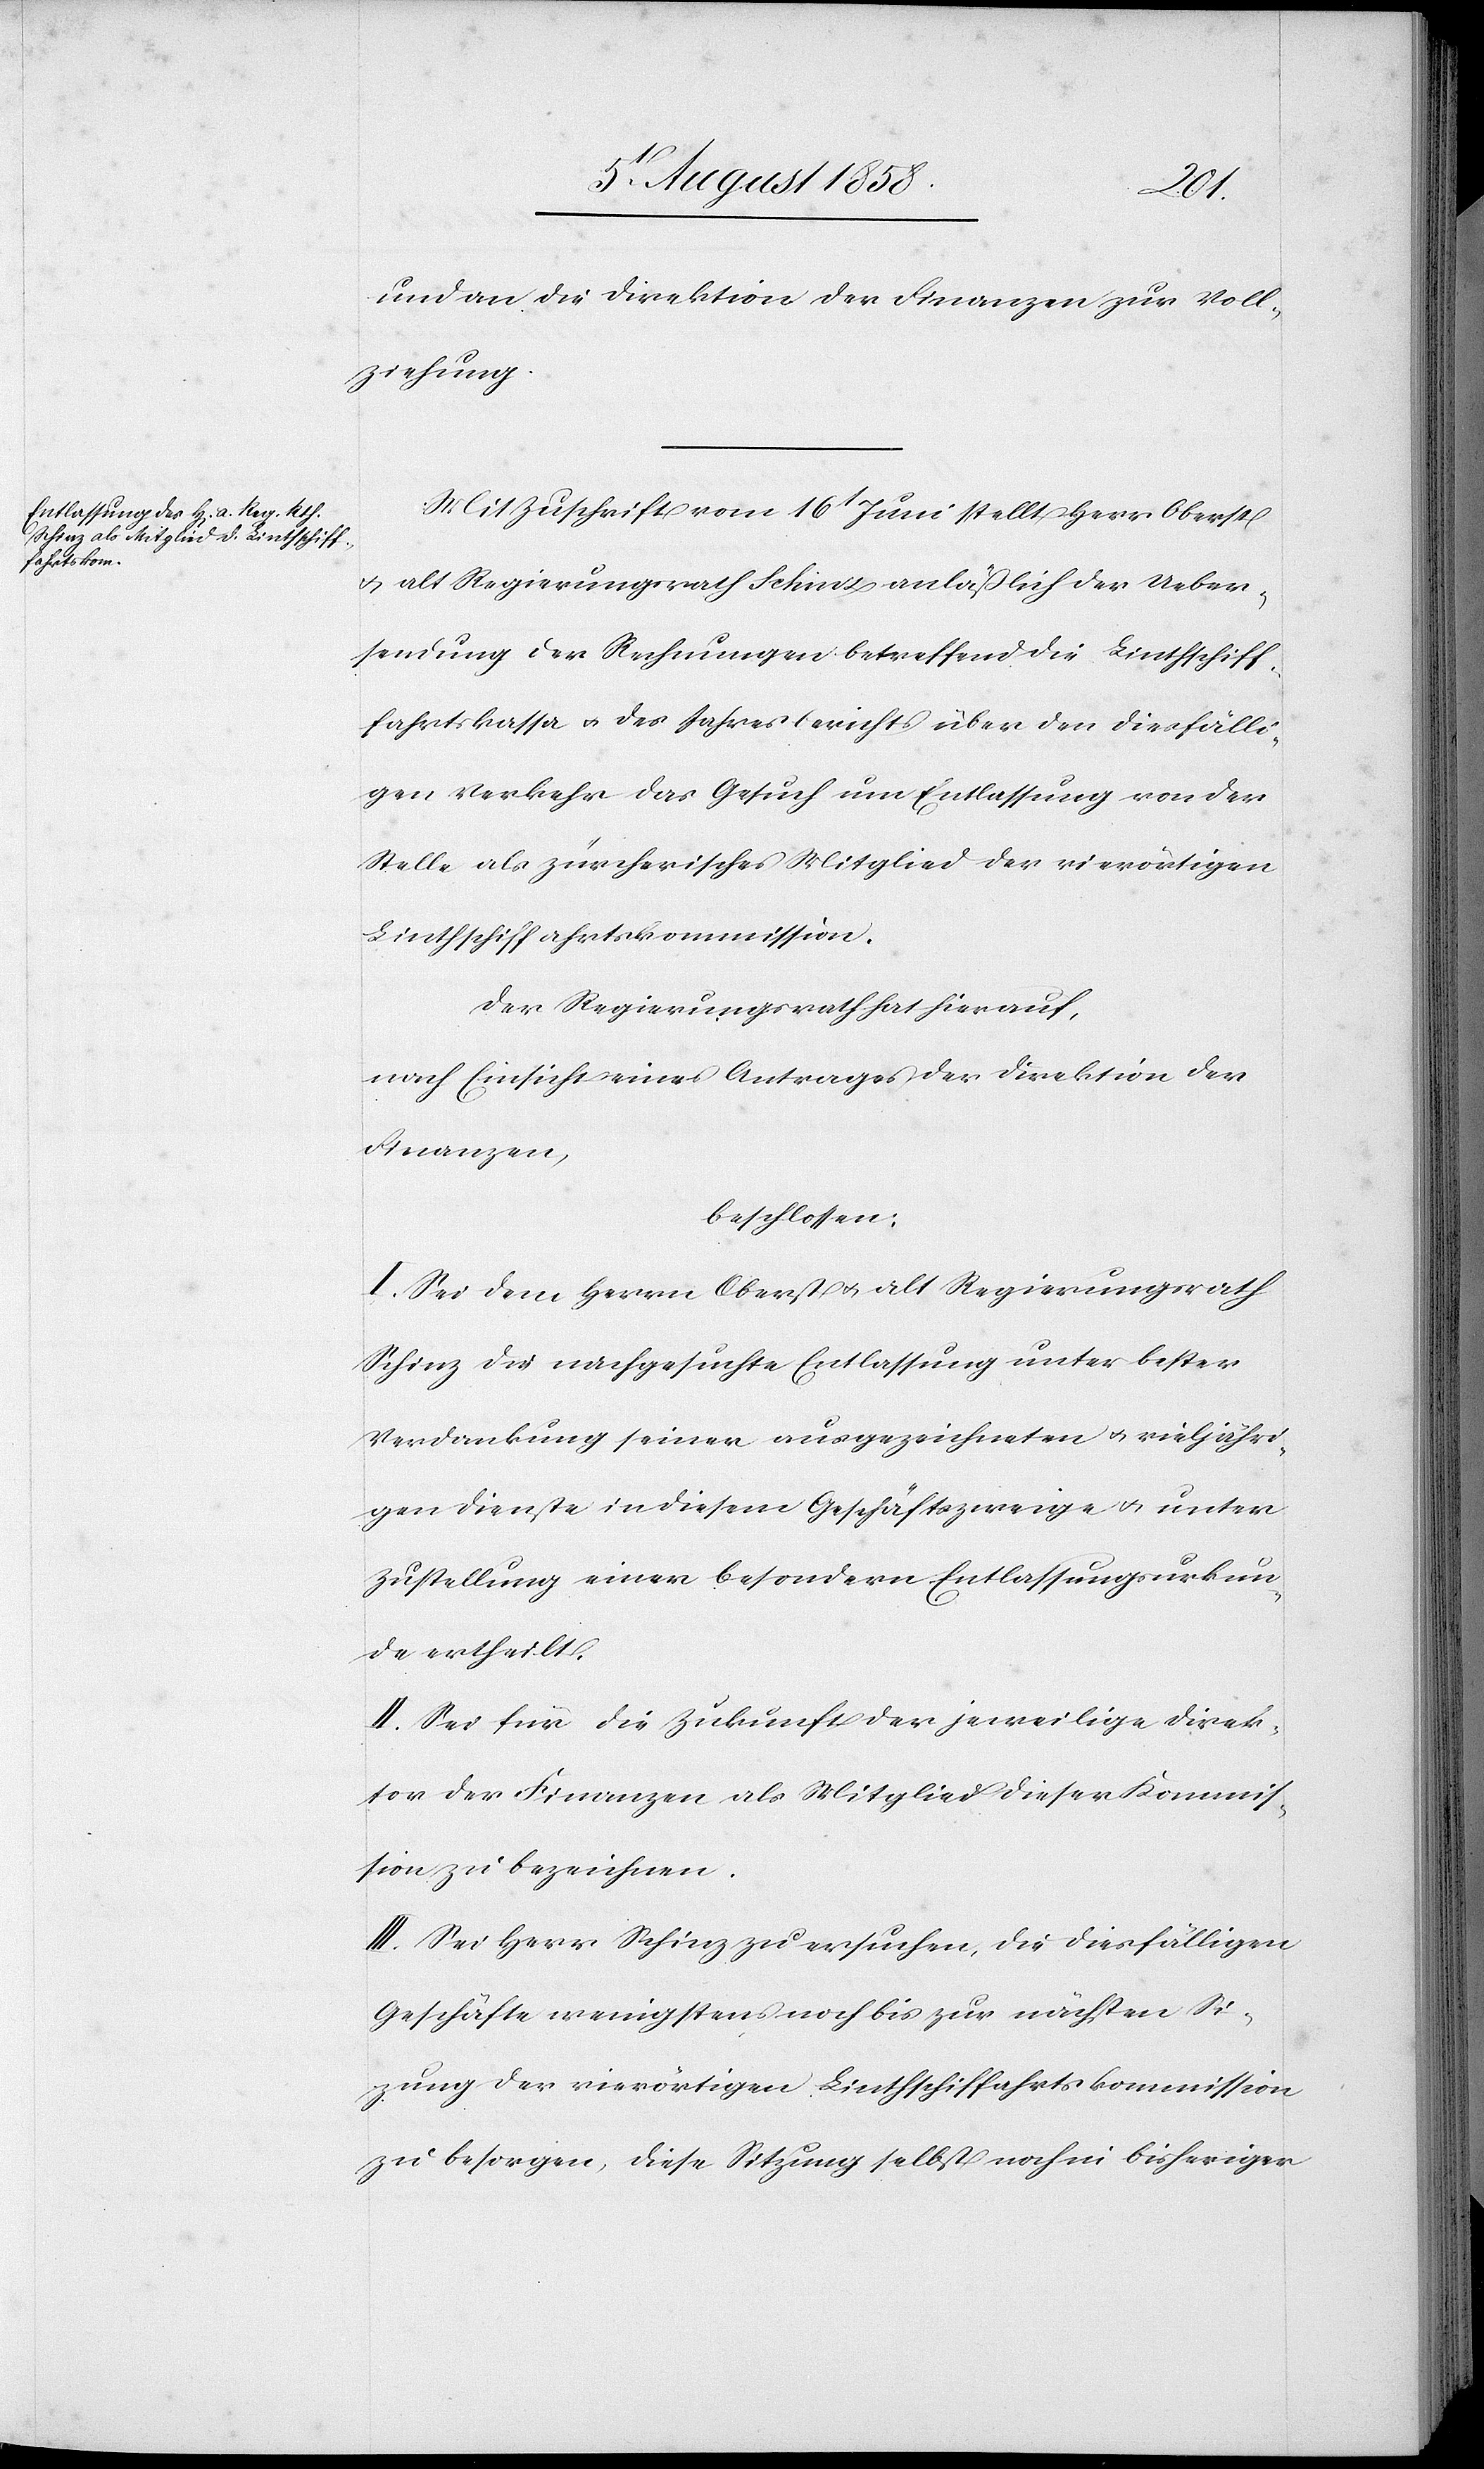
und an die Direktion der Finanzen zur Voll¬
ziehung.
Mit Zuschrift vom 16t Juni stellt Herr Oberst
& alt Regierungsrath Schinz anläßlich der Ueber¬
sendung der Rechnungen betreffend die Linthschiff¬
fahrtskassa & des Jahresberichts über den diesfälli¬
gen Verkehr das Gesuch um Entlassung von der
Stelle als zürcherisches Mitglied der vierörtigen
Linthschiffahrtskommission.
Der Regierungsrath hat hierauf,
nach Einsicht eines Antrages der Direktion der
Finanzen,
beschlossen:
I. Sei dem Herrn Oberst & alt Regierungsrath
Schinz die nachgesuchte Entlassung unter bester
Verdankung seiner ausgezeichneten & vieljähri¬
gen Dienste in diesem Geschäftszweige & unter
Zustellung einer besondern Entlassungsurkun¬
de ertheilt.
II. Sei für die Zukunft der jeweilige Direk¬
tor der Finanzen als Mitglied dieser Kommis¬
sion zu bezeichnen.
III. Sei Herr Schinz zu ersuchen, die diesfälligen
Geschäfte wenigstens noch bis zur nächsten Si[t]z¬
ung der vierörtigen Linthschiffahrtskommission
zu besorgen, diese Sitzung selbst noch in bisheriger